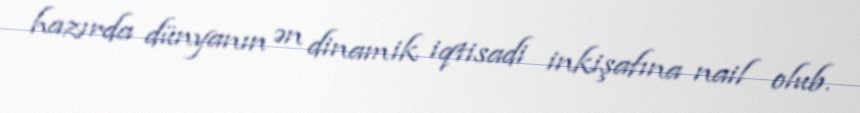
hazırda dünyanın ən dinamik iqtisadi inkişafına nail olub.